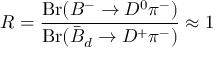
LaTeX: R = \frac { \mathrm { B r } ( B ^ { - } \to D ^ { 0 } \pi ^ { - } ) } { \mathrm { B r } ( \bar { B } _ { d } \to D ^ { + } \pi ^ { - } ) } \approx 1